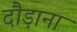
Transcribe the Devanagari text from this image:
दौड़ाना